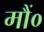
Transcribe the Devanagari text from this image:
मौं०